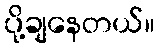
ပို့ချနေတယ်။